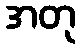
အတု